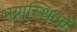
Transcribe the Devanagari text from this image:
भग्नास्थिओं